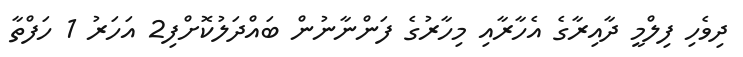
ދިވެހި ފިލްމީ ދާއިރާގެ އެހާރާއި މިހާރުގެ ފަންނާނުން ބައްދަލުކޮށްފި2 އަހަރު 1 ހަފްތާ